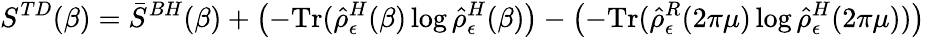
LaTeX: S^{TD}(\beta)=\bar{S}^{BH}(\beta)+\left(-\mathrm{Tr}(\hat{\rho}_{\epsilon}^{H}(\beta)\log\hat{\rho}_{\epsilon}^{H}(\beta)\right)-\left(-\mathrm{Tr}(\hat{\rho}_{\epsilon}^{R}(2\pi\mu)\log\hat{\rho}_{\epsilon}^{H}(2\pi\mu))\right)~~~